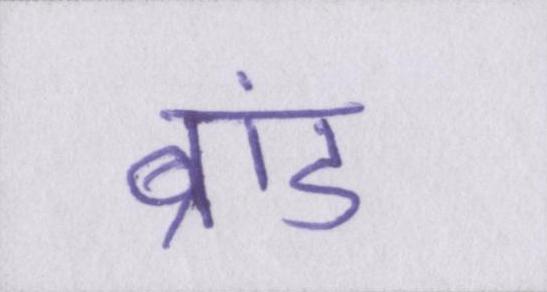
ब्रांड